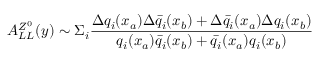
A _ { L L } ^ { Z ^ { 0 } } ( y ) \sim \Sigma _ { i } { \frac { \Delta q _ { i } ( x _ { a } ) \Delta \bar { q } _ { i } ( x _ { b } ) + \Delta \bar { q } _ { i } ( x _ { a } ) \Delta q _ { i } ( x _ { b } ) } { q _ { i } ( x _ { a } ) \bar { q } _ { i } ( x _ { b } ) + \bar { q } _ { i } ( x _ { a } ) q _ { i } ( x _ { b } ) } } \nonumber